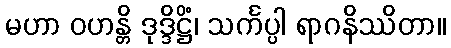
မဟာ ဝဟန္တိ ဒုဒ္ဒိဋ္ဌိံ၊ သင်္ကပ္ပါ ရာဂနိဿိတာ။